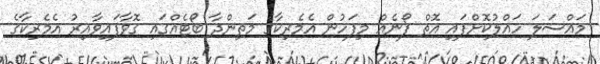
މައްސަލަ ހައްލުކޮށްފައި އޮތް ފޯނެއް މިފަހުން އެމެރިކާގެ މަތިންދާ ބޯޓެއްގައި ގޮވާފައިވާއިރު އެމެރިކާގެ